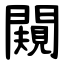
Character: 闚